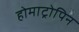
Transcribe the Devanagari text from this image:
होमाट्रोपिन